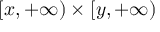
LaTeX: [ x , + \infty ) \times [ y , + \infty )